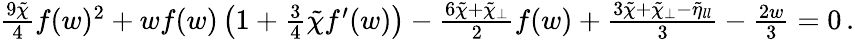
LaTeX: \begin{array}{r}{\frac{9\tilde{\chi}}{4}f(w)^{2}+wf(w)\left(1+\frac{3}{4}\tilde{\chi}f^{\prime}(w)\right)-\frac{6\tilde{\chi}+\tilde{\chi}_{\perp}}{2}f(w)+\frac{3\tilde{\chi}+\tilde{\chi}_{\perp}-\tilde{\eta}_{ll}}{3}-\frac{2w}{3}=0\, .}\end{array}